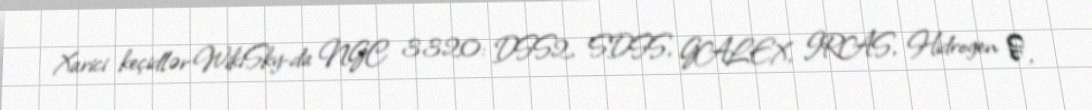
Xarici keçidlər WikiSky-da NGC 3320: DSS2, SDSS, GALEX, IRAS, Hidrogen α,